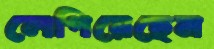
লেপিয়েছেন